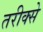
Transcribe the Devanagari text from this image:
तरीक्से